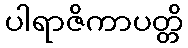
ပါရာဇိကာပတ္တိ